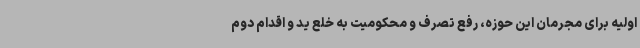
اولیه برای مجرمان این حوزه، رفع تصرف و محکومیت به خلع ید و اقدام دوم